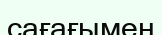
сағағымен